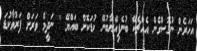
އަހަރެން ނުގޮސްގެން އެއްޗެކޭ ބުނެފިއްޔާބުނޭ ކުޑަކޮށް ބައްޔޭ '' ނަދީމް ވަރަށް ފަރުވާކުޑަ